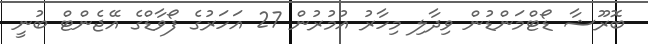
ބޮރޫޝާ ޑޯޓްމަންޑުން ވިދާލި މިހާރު އުމުރުން 27 އަހަރުގެ ފޯވާޑްގެ އޭޖެންޓް ބުނީ